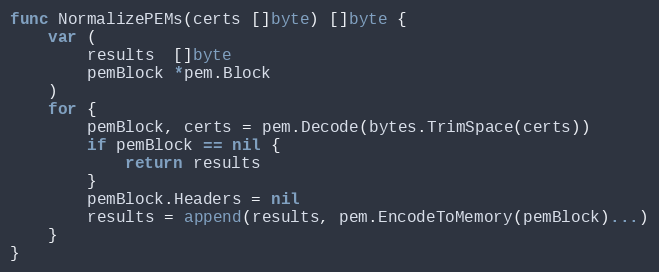
Language: Go
func NormalizePEMs(certs []byte) []byte {
	var (
		results  []byte
		pemBlock *pem.Block
	)
	for {
		pemBlock, certs = pem.Decode(bytes.TrimSpace(certs))
		if pemBlock == nil {
			return results
		}
		pemBlock.Headers = nil
		results = append(results, pem.EncodeToMemory(pemBlock)...)
	}
}